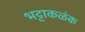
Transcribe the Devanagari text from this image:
भट्टाकळंक